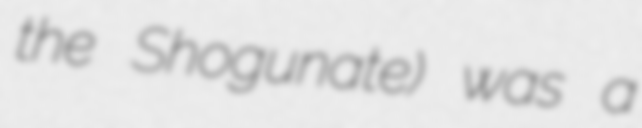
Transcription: the Shogunate) was a